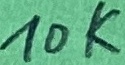
Text: 10K